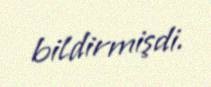
bildirmişdi.